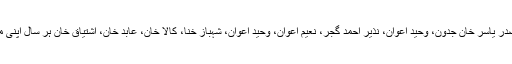
ضلع ایبٹ آباد کے ضلعی کسان کونسلر قاری راشد، ضلعی صدر یاسر خان جدون، وحید اعوان، نذیر احمد گجر، نعیم اعوان، وحید اعوان، شہباز خنا، کالا خان، عابد خان، اشتیاق خان ہر سال اپنی مدد آپ کے تحت متحدہ لیبر کسان کنونشن کا انعقاد کرتے ہیں۔